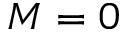
M = 0